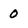
Character: 0